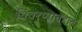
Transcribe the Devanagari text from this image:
विवरणाबद्दल